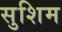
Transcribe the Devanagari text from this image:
सुशिम